Report of the veterinary officer investigating camel disease
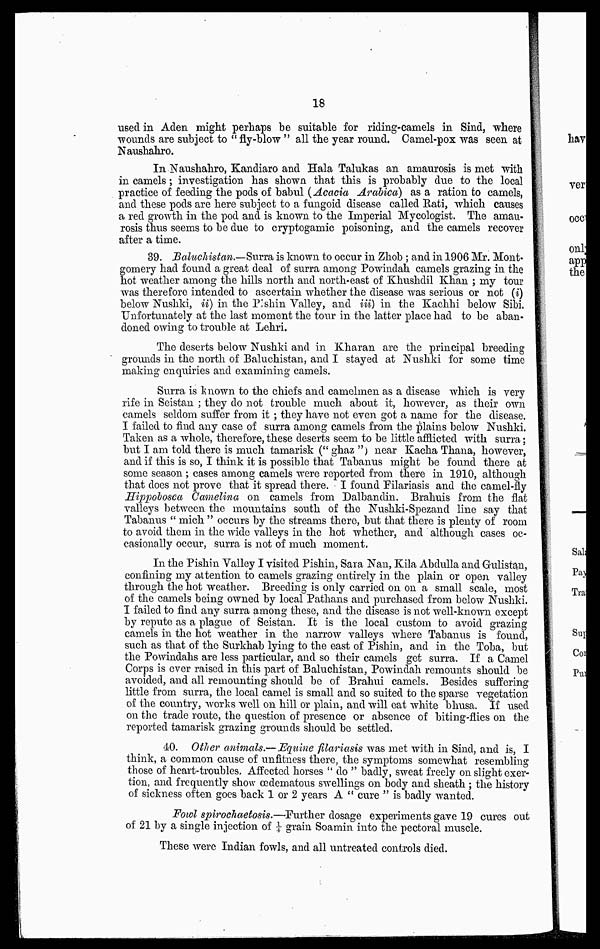
18
used in Aden might perhaps be suitable for riding-camels in Sind, where
wounds are subject to " fly-blow " all the year round. Camel-pox was seen at
Naushahro.
In Naushahro, Kandiaro and Hala Talukas an amaurosis is met with
in camels; investigation has shown that this is probably due to the local
practice of feeding the pods of babul (Acacia Arabica) as a ration to camels,
and these pods are here subject to a fungoid disease called Rati, which causes
a red growth in the pod and is known to the Imperial Mycologist. The amau-
rosis thus seems to be due to cryptogamic poisoning, and the camels recover
after a time.
39. Baluchistan.—Surra, is known to occur in Zhob ; and in 1906 Mr. Mont-
gomery had found a great deal of surra among Powindah camels grazing in the
hot weather among the hills north and north east of Khushdil Khan ; my tour
was therefore intended to ascertain whether the disease was serious or not (i)
below Nushki, ii) in the P:shin Valley, and iii) in the Kachhi below Sibi.
Unfortunately at the last moment the tour in the latter place had to be aban-
doned owing to trouble at Lehri.
The deserts below Nushki and in Kharan are the principal breeding
grounds in the north of Baluchistan, and I stayed at Nushki for some time
making enquiries and examining camels.
Surra is known to the chiefs and camelmen as a disease which is very
rife in Seistan ; they do not trouble much about it, however, as their own
camels seldom suffer from it ; they have not even got a name for the disease.
I failed to find any case of surra among camels from the plains below Nushki.
Taken as a whole, therefore, these deserts seem to be little afflicted with surra;
but I am told there is much tamarisk (" ghaz ") near Kacha Thana, however,
and if this is so, I think it is possible that Tabanus might be found there at
some season ; cases among camels were reported from there in 1910, although
that does not prove that it spread there. I found Filariasis and the camel-fly
Hippobosca Camelina on camels from Dalbandin. Brahuis from the flat
valleys between the mountains south of the Nushki-Spezancl line say that
Tabanus " mich " occurs by the streams there, but that there is plenty of room
to avoid them in the wide valleys in the hot whether, and although cases oc-
casionally occur, surra is not of much moment.
In the Pishin Valley I visited Pishin, Sara Nan, Kila Abdulla and Gulistan,
confining my attention to camels grazing entirely in the plain or open valley
through the hot weather. Breeding is only carried on on a small scale, most
of the camels being owned by local Pathans and purchased from below Nushki.
I failed to find any surra among these, and the disease is not well-known except
by repute as a plague of Seistan. It is the local custom to avoid grazing
camels in the hot weather in the narrow valleys where Tabanus is found,
such as that of the Surkhab lying to the east of Pishin, and in the Toba, but
the Powindahs are less particular, and so their camels get surra. If a Camel
Corps is ever raised in this part of Baluchistan, Powindah remounts should be
avoided, and all remounting should be of Brahui camels. Besides suffering
little from surra, the local camel is small and so suited to the sparse vegetation
of the country, worts well on hill or plain, and will eat white bhusa. If used
on the trade route, the question of presence or absence of biting-flies on the
reported tamarisk grazing grounds should be settled.
40. Other animals.— "Equine filariasis was met with in Sind, and is, I
think, a common cause of unfitness there, the symptoms somewhat resembling
those of heart-troubles. Affected horses " do " badly, sweat freely on slight exer-
tion, and frequently show œdematous swellings on body and sheath ; the history
of sickness often goes back 1 or 2 years A " cure " is badly wanted.
Fowl spirochaetosis.—Further dosage experiments gave 19 cures out
of 21 by a single injection of ¼ grain Soamin into the pectoral muscle.
These were Indian fowls, and all untreated controls died.